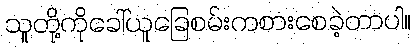
သူတို့ကိုခေါ်ယူခြေစမ်းကစားစေခဲ့တာပါ။